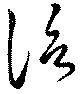
信